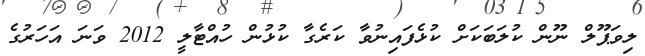
ލިވަޕޫލް ނޫން ކުލަބަކަށް ކުޅެފައިނުވާ ކަރެގާ ކުޅުން ހުއްޓާލީ 2012 ވަނަ އަހަރުގެ